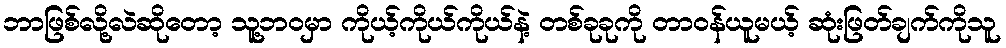
ဘာဖြစ်လို့လဲဆိုတော့ သူ့ဘဝမှာ ကိုယ့်ကိုယ်ကိုယ်နဲ့ တစ်ခုခုကို တာဝန်ယူမယ့် ဆုံးဖြတ်ချက်ကိုသူ